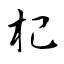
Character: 杞